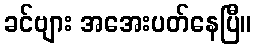
ခင်ဗျား အအေးပတ်နေပြီ။